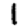
Digit: 1